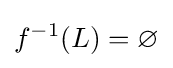
f^{-1}(L)=\varnothing